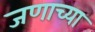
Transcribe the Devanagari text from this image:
जणाच्या